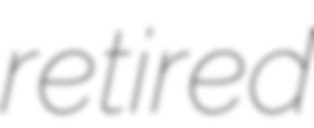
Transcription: retired